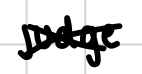
Text: judge.
Cross-out: cross
Writing tool: digital_black